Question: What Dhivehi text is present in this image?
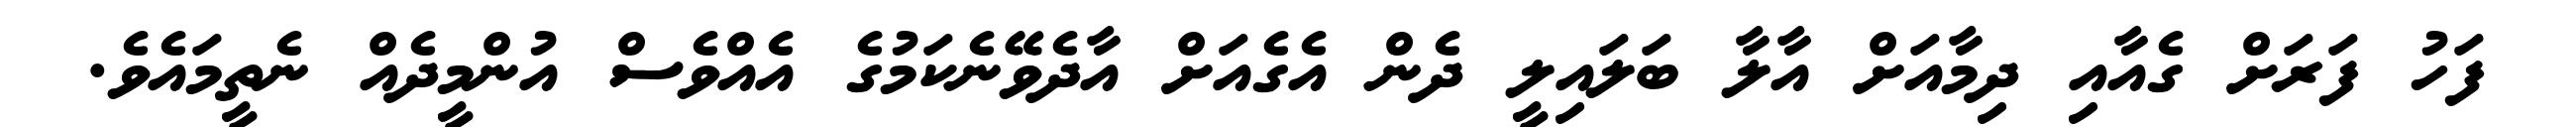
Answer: ފަހު ފަރަށް ގެއާއި ދިމާއަށް އާލާ ބަލައިލީ ދެން އެގެއަށް އާދެވޭނެކަމުގެ އެއްވެސް އުންމީދެއް ނެތީމައެވެ.